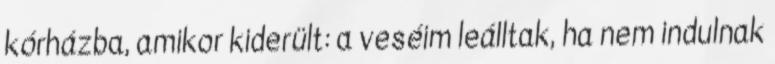
kórházba, amikor kiderült: a veséim leálltak, ha nem indulnak